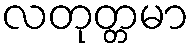
လတုတ္တမာ